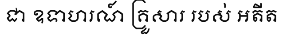
ជា ឧទាហរណ៍ គ្រួសារ របស់ អតីត